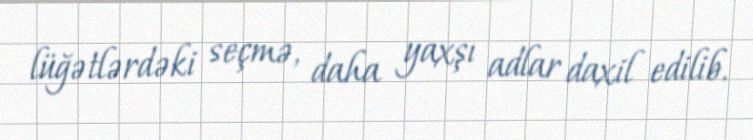
lüğətlərdəki seçmə, daha yaxşı adlar daxil edilib.